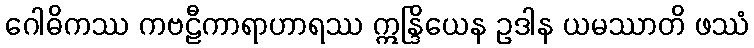
ဂေါဓိကဿ ကဗဠီကာရာဟာရဿ ဣန္ဒြိယေန ဥဒါန ယမဿာတိ ဖဿံ